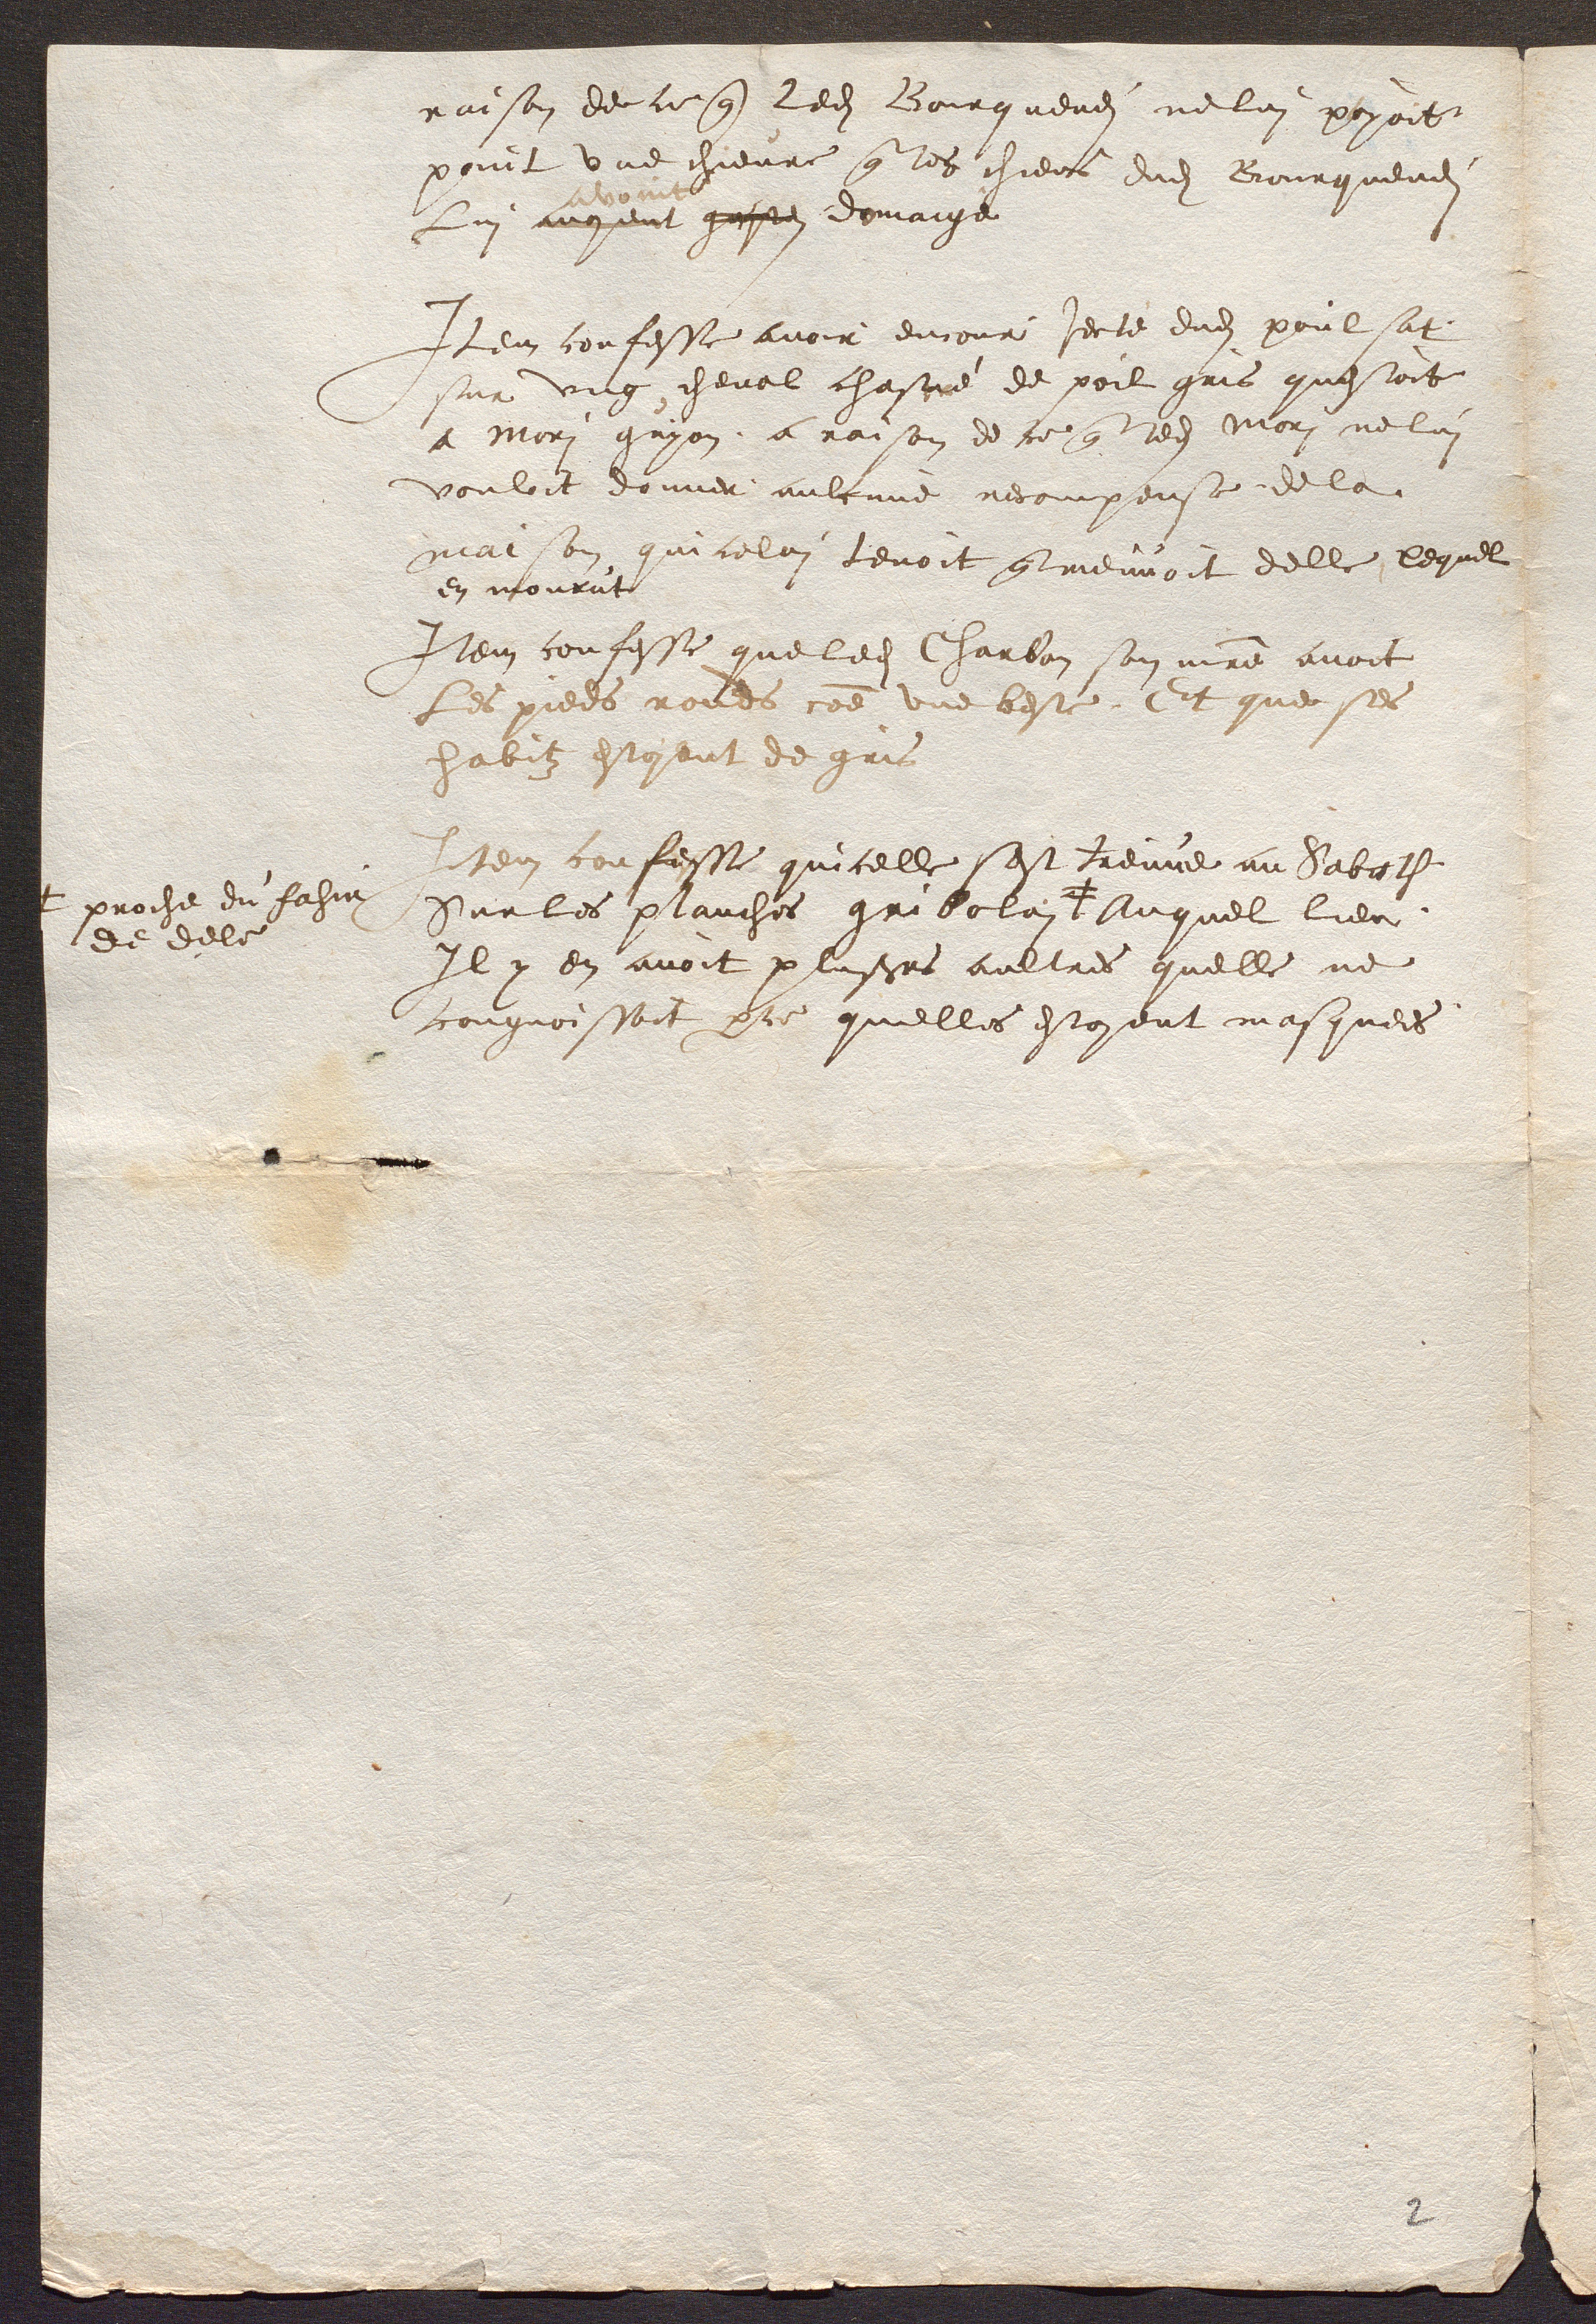
proche du fahie
de dele

raison de ce que ledit Bourquenei ne lui poyoit
point une chievre que les chiens dudit Bourquenei
avoint
lui avoyent gastei domaige
Item confesse avoir encour jecté dudit poulsat
sur ung cheval chastré de poil gris questoit
a Mori guyon, a raison de ce que ledit Mori ne lui
vouloit donner aulcune recompense de la
maison qui celui tenoit qui meuvoit delle, lequel
en mourut
Item confesse que ledit Charbon son maitre avoit
les pieds ronds comme une beste. Et que ses
habitz estoient de gris
Item confesse quicelle sest treuve au Sabath
Sur les planches gribolai ☨ Auquel lieu
 Il y en avoit plusieures aultres quelle ne
cougnoissoit parce quelles estoient masquees.